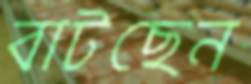
বাটছেন